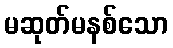
မဆုတ်မနစ်သော